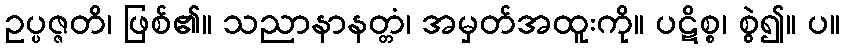
ဥပ္ပဇ္ဇတိ၊ ဖြစ်၏။ သညာနာနတ္တံ၊ အမှတ်အထူးကို။ ပဋိစ္စ၊ စွဲ၍။ ပ။